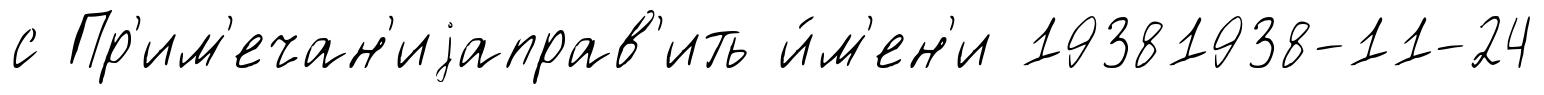
с Пр'им'ечан'иjаправ'ить и́м'ен'и 19381938-11-24